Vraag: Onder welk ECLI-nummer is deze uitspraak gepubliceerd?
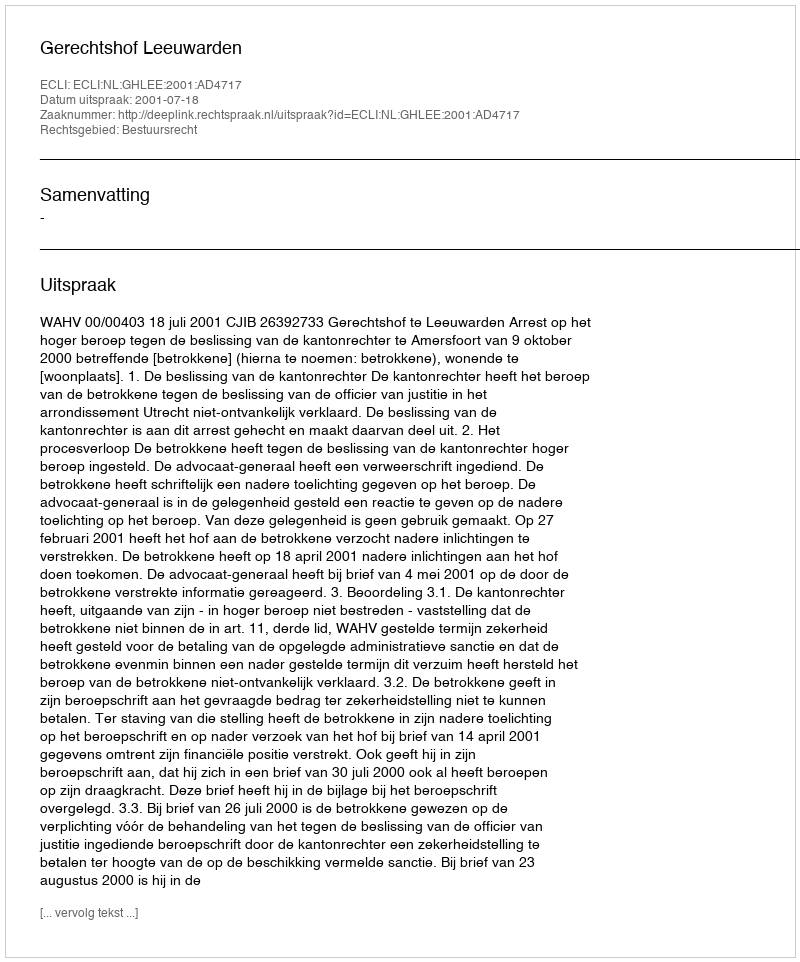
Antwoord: ECLI:NL:GHLEE:2001:AD4717